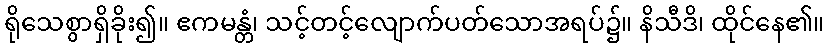
ရိုသေစွာရှိခိုး၍။ ဧကမန္တံ၊ သင့်တင့်လျောက်ပတ်သောအရပ်၌။ နိသီဒိ၊ ထိုင်နေ၏။